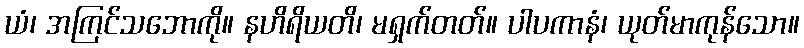
ယံ၊ အကြင်သဘောကို။ နဟိရိယတိ၊ မရှက်တတ်။ ပါပကာနံ၊ ယုတ်မာကုန်သော။